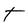
Character: t